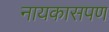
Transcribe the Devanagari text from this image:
नायकासपण